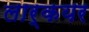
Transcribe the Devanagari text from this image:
लार्कयर